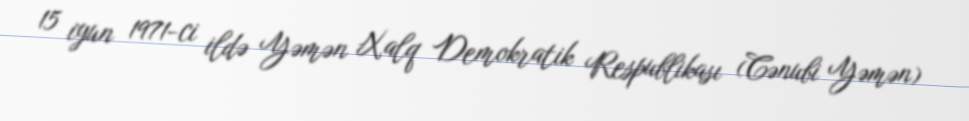
15 iyun 1971-ci ildə Yəmən Xalq Demokratik Respublikası (Cənubi Yəmən)